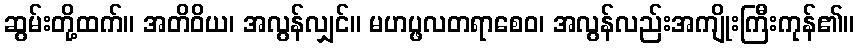
ဆွမ်းတို့ထက်။ အတိဝိယ၊ အလွန်လျှင်။ မဟပ္ဖလတရာစေဝ၊ အလွန်လည်းအကျိုးကြီးကုန်၏။